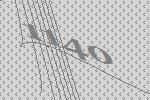
1140